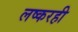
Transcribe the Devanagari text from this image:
लष्करही